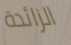
الزائدة